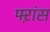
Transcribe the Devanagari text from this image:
फ्ऱांस